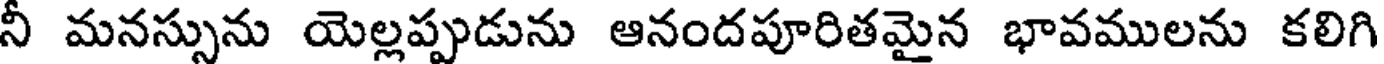
నీ మనస్సును యెల్లప్పుడును ఆనందపూరితమైన భావములను కలిగి